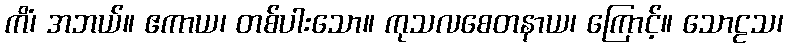
ကိံ၊ အဘယ်။ ဧကာယ၊ တစ်ပါးသော။ ကုသလစေတနာယ၊ ကြောင့်။ သောဠသ၊